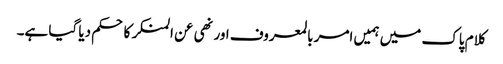
کلام پاک میں ہمیں امر بالمعروف اور نھی عن المنکر کا حکم دیا گیا ہے۔